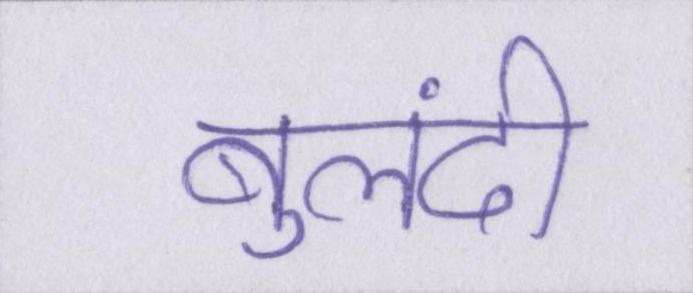
बुलंदी